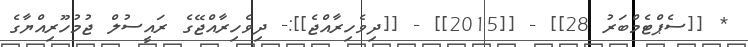
* [[ސެޕްޓެމްބަރު 28]] - [[2015]] - [[ދިވެހިރާއްޖެ]]:- ދިވެހިރާއްޖޭގެ ރައީސުލް ޖުމުހޫރިއްޔާގެ